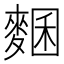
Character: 𪍁